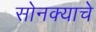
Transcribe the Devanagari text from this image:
सोनक्याचे